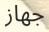
جهاز